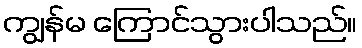
ကျွန်မ ကြောင်သွားပါသည်။